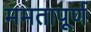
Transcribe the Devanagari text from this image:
ममतापूर्ण